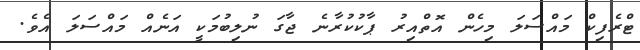
ޓްރެފިކް މައްސަލަ މިހެން އޮތްއިރު ޕާކުކުރާނެ ޖާގަ ނުލިބުމަކީ އަނެއް މައްސަލަ އެވެ.